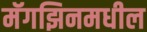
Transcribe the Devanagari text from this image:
मॅगझिनमधील